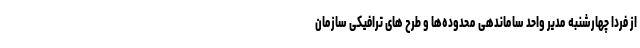
از فردا چهارشنبه مدیر واحد ساماندهی محدوده‌ها و طرح های ترافیکی سازمان